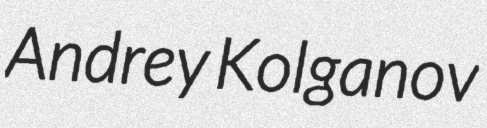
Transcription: Andrey Kolganov